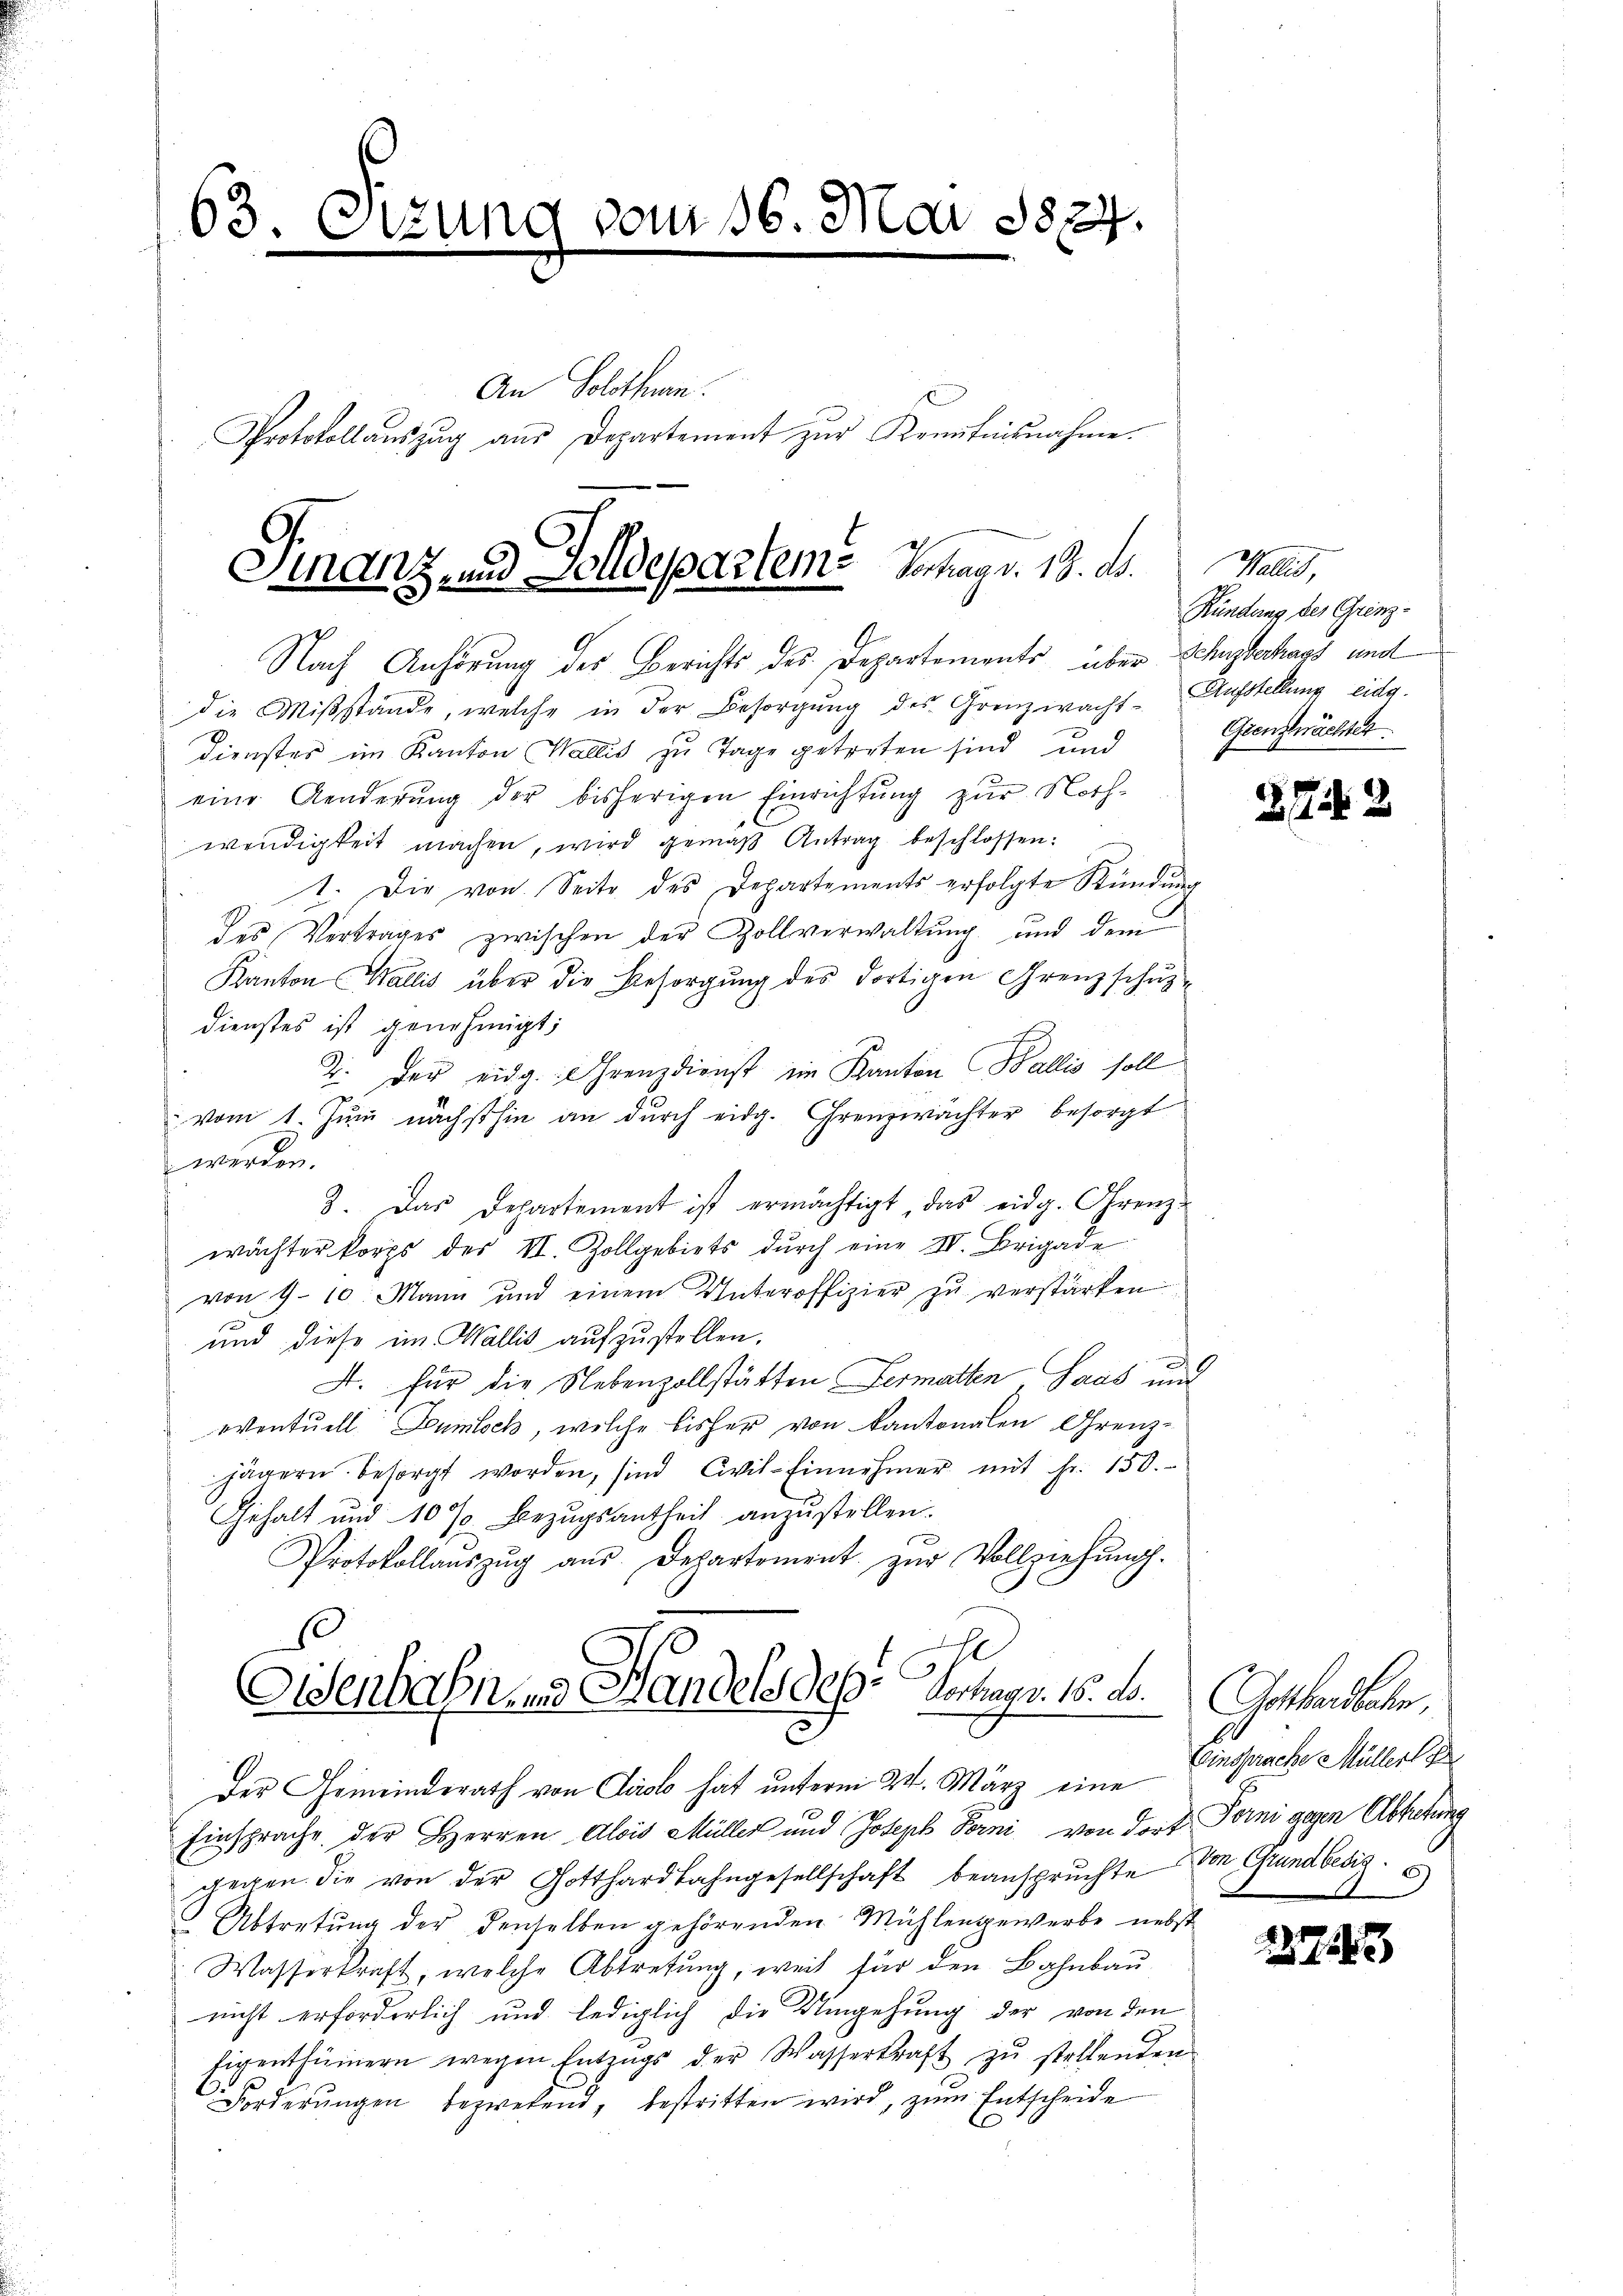
63. Otzung vom 16. Mai 1824.
An Solothurn.
Protokollauszug aus Departement zur Kenntnisnahme.

Finanz und Dolldeparteme Johags. 13. ds.

Nach Anhörung des Berichts des Departements über Schuberkaps und
die Mißstände, welche in der Besorgung des Grenzwacht. Aufstellung eidg.
Dienster im Kanton Wallis zu Tage getreten sind und
eine Aenderung der bisherigen Einrichtung zur Nach-
wendigkeit machen, wird gemäβ Antrag beschlossen:
1. Die von Seite des Departements erfolgte Kündung
des Vertrages zwischen der Zollverwaltung und dem
Kanton Wallis über die Besorgung des dortigen Grenzschupdienstes ist genehmigt;
2. Der eidg. Grenz dienst im Kanton Wallis soll
vom 1. Juni nächsthin an durch eidg. Grenzwächter besorgt
werden.
3. Das Departement ist ermächtigt, das eidg. Grenz-
wächter korps der II. Zollgebiets dŭrch eine IV. Brigade
von 9-10. Mann und einem Unteroffizier zŭ verstärken
und diese im Wallis aufzustellen.
d
A. Für die Nebenzollstätten Fermatten Saas mit
eventuell Humlich, welche bisher von Kantonalen Grenzjägern besorgt worden, sind Civil-Einnehmer mit Fr. 150.
Gehalt und 10 % Bezugsantheil anzustellen.
Protokollaŭszŭg aŭs. Departement. zŭr Vollziehŭng.
oh
Eisenbahnene Handels des Verhagr. 15. d. Gotthardbahn,
2
Der Gemeinderath von Tirolo hat unterm 21. März eine insprache Müller d
Einsprache der Herren Alois Müller und Joseph Forni von dort Torni gegen Abtretung
gegen die von der Gotthardbahngesellschaft beansprŭchte von Grundbesiz
 Abtretung der denselben gehörenden Mühlengewerbe nebst
Wasserkraft, welche Abtretung, weil für den Bahnbaunicht erforderlich und lediglich die Umgehung der von den
Eigenthümern wegen Entzŭgs der Wasserkraft zŭ stellenden
1
Forderungen bezwefend, bestritten wird, zum Entscheide

Pa
Kündung des Grenz¬
Grenznachter.

272

1273)